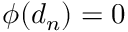
\phi ( d _ { n } ) = 0